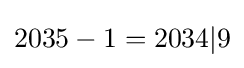
2035-1=2034|9